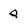
Character: q